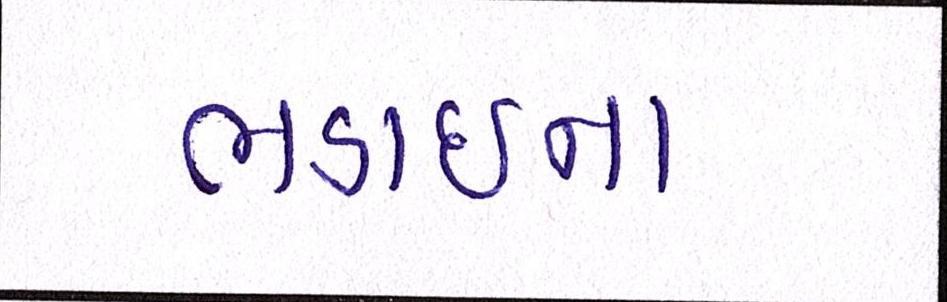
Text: ભડાઈના